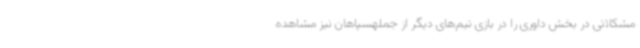
مشکلاتی در بخش داوری را در بازی تیم‌های دیگر از جملهسپاهان نیز مشاهده